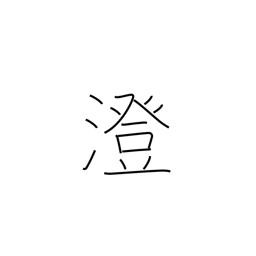
Meaning: strain